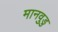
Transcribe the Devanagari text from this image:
मानवुडु